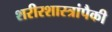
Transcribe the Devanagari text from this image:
शरीरशास्त्रांपैकी